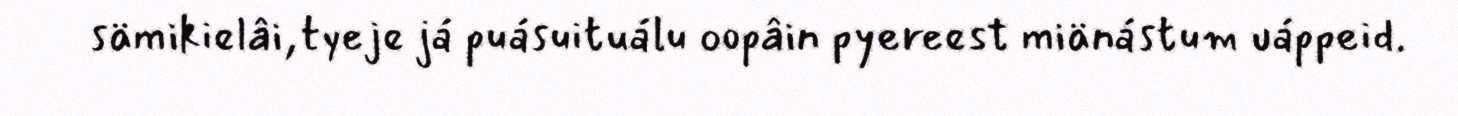
sämikielâi,tyeje já puásuituálu oopâin pyereest miänástum uáppeid.